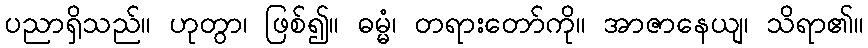
ပညာရှိသည်။ ဟုတွာ၊ ဖြစ်၍။ ဓမ္မံ၊ တရားတော်ကို။ အာဇာနေယျ၊ သိရာ၏။